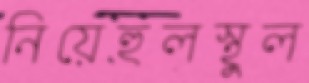
নিয়েহুলস্থুল